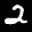
Label: 2